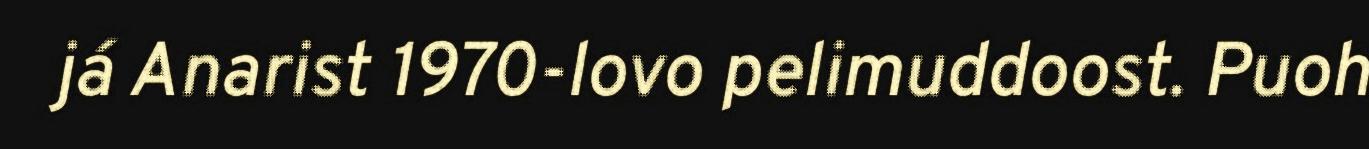
já Anarist 1970-lovo pelimuddoost. Puoh